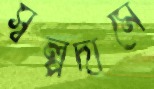
স্বল্পদামে